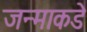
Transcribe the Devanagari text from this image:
जन्माकडे